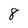
Character: 8